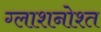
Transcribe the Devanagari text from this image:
ग्लाशनोश्त